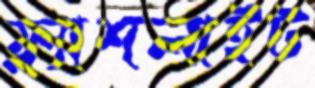
ফ্ল্যাশলাইট